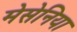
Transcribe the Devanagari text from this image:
मेसेनिया